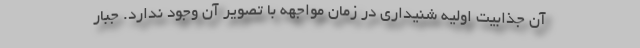
آن جذابیت اولیه شنیداری در زمان مواجهه با تصویر آن وجود ندارد. جبار